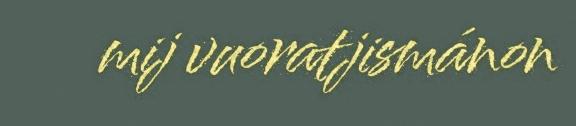
mij vuoratjismánon